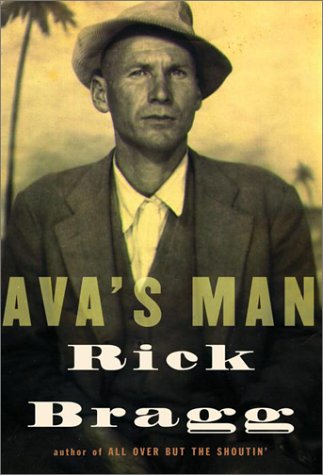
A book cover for Ava's Man; Rick Bragg; Biographies & Memoirs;